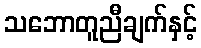
သဘောတူညီချက်နှင့်